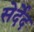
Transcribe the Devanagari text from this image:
सेर्देद